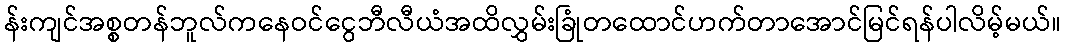
န်းကျင်အစ္စတန်ဘူလ်ကနေဝင်ငွေဘီလီယံအထိလွှမ်းခြုံတထောင်ဟက်တာအောင်မြင်ရန်ပါလိမ့်မယ်။